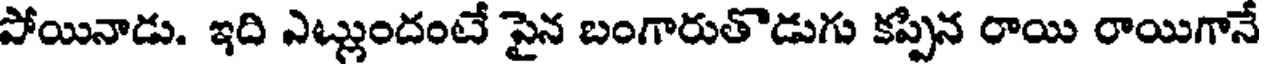
పోయినాడు. ఇది ఎట్లుందంటే పైన బంగారుతొడుగు కప్పిన రాయి రాయిగానే